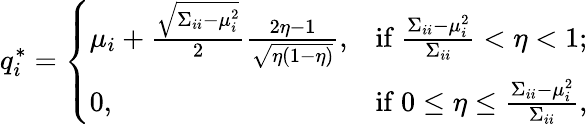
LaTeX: q_{i}^{*}=\left\{ \begin{array}{ll}{\mu_{i}+\frac{\sqrt{\Sigma_{ii}-\mu_{i}^{2}}}{2}\frac{2\eta-1}{\sqrt{\eta(1-\eta)}},}&{\mathrm{if~}\frac{\Sigma_{ii}-\mu_{i}^{2}}{\Sigma_{ii}}<\eta<1;}\\ {0,}&{\mathrm{if~}0\leq\eta\leq\frac{\Sigma_{ii}-\mu_{i}^{2}}{\Sigma_{ii}},}\end{array}\right.